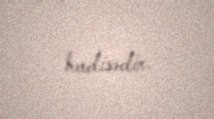
hadisədir.